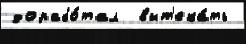
дорабо́тал  выт'ека́ть